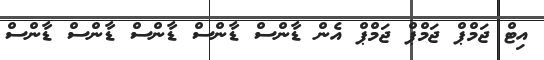
އިޓް ޖަމްޕް ޖަމްޕް ޖަމްޕް އެން ޑާންސް ޑާންސް ޑާންސް ޑާންސް ޑާންސް